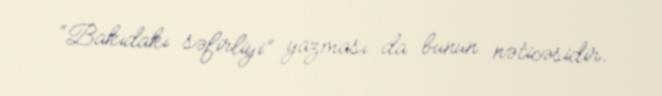
“Bakıdakı səfirliyi” yazması da bunun nəticəsidir.